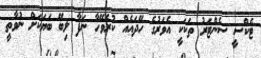
ޓެކްސީ ސެންޓަރު ތަކަކީ އެވަރުގެ ހޭދައެއް ކުރެވޭހާ ނަފާ ލިބޭ ބަޔަކަށް ނުވާތީ